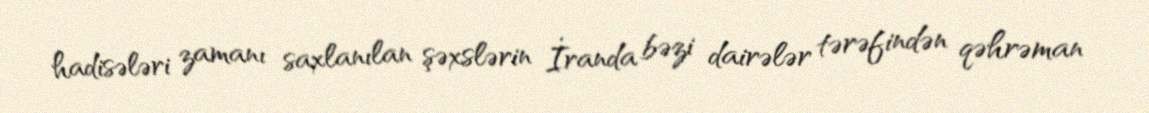
hadisələri zamanı saxlanılan şəxslərin İranda bəzi dairələr tərəfindən qəhrəman